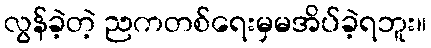
လွန်ခဲ့တဲ့ ညကတစ်ရေးမှမအိပ်ခဲ့ရဘူး။